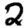
Digit: 2